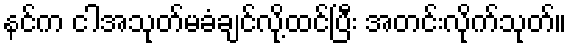
နင်က ငါအသုတ်မခံချင်လို့ထင်ပြီး အတင်းလိုက်သုတ်။